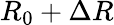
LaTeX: R_{0}+\Delta R